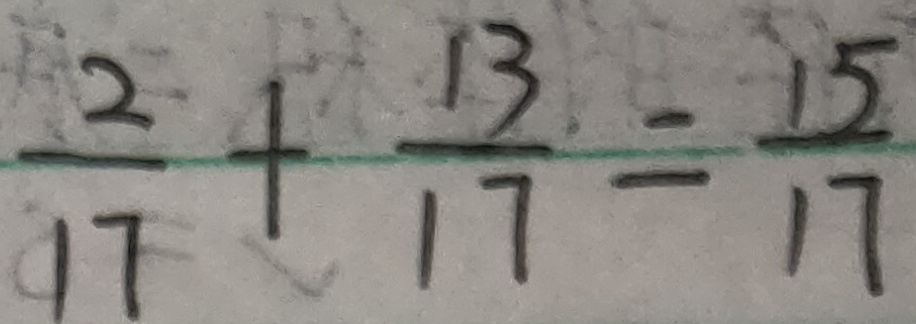
\frac { 2 } { 1 7 } + \frac { 1 3 } { 1 7 } = \frac { 1 5 } { 1 7 }